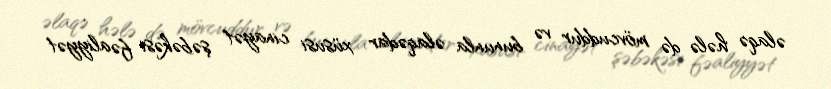
əlaqə hələ də mövcuddur və bununla əlaqədar xüsusi cinayət şəbəkəsi fəaliyyət